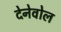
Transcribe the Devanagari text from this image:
देनेवोल